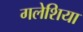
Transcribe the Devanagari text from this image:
गलेशिया